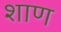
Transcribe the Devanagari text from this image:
शाण